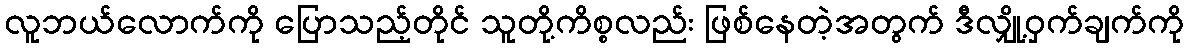
လူဘယ်လောက်ကို ပြောသည့်တိုင် သူတို့ကိစ္စလည်း ဖြစ်နေတဲ့အတွက် ဒီလျှို့ဝှက်ချက်ကို